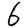
Digit: 6